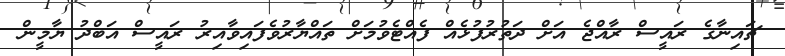
ޗައިނާގެ ރައީސް ރާއްޖެ އަށް ދަތުރުފުޅެއް ފެއްޓެވުމަށް ތައްޔާރުވެފައިވާއިރު ރައީސް އަބްދު ޔާމީން